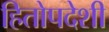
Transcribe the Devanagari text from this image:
हितोपदेशी